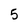
Character: 5